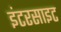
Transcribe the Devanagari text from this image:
इंटरसाइट